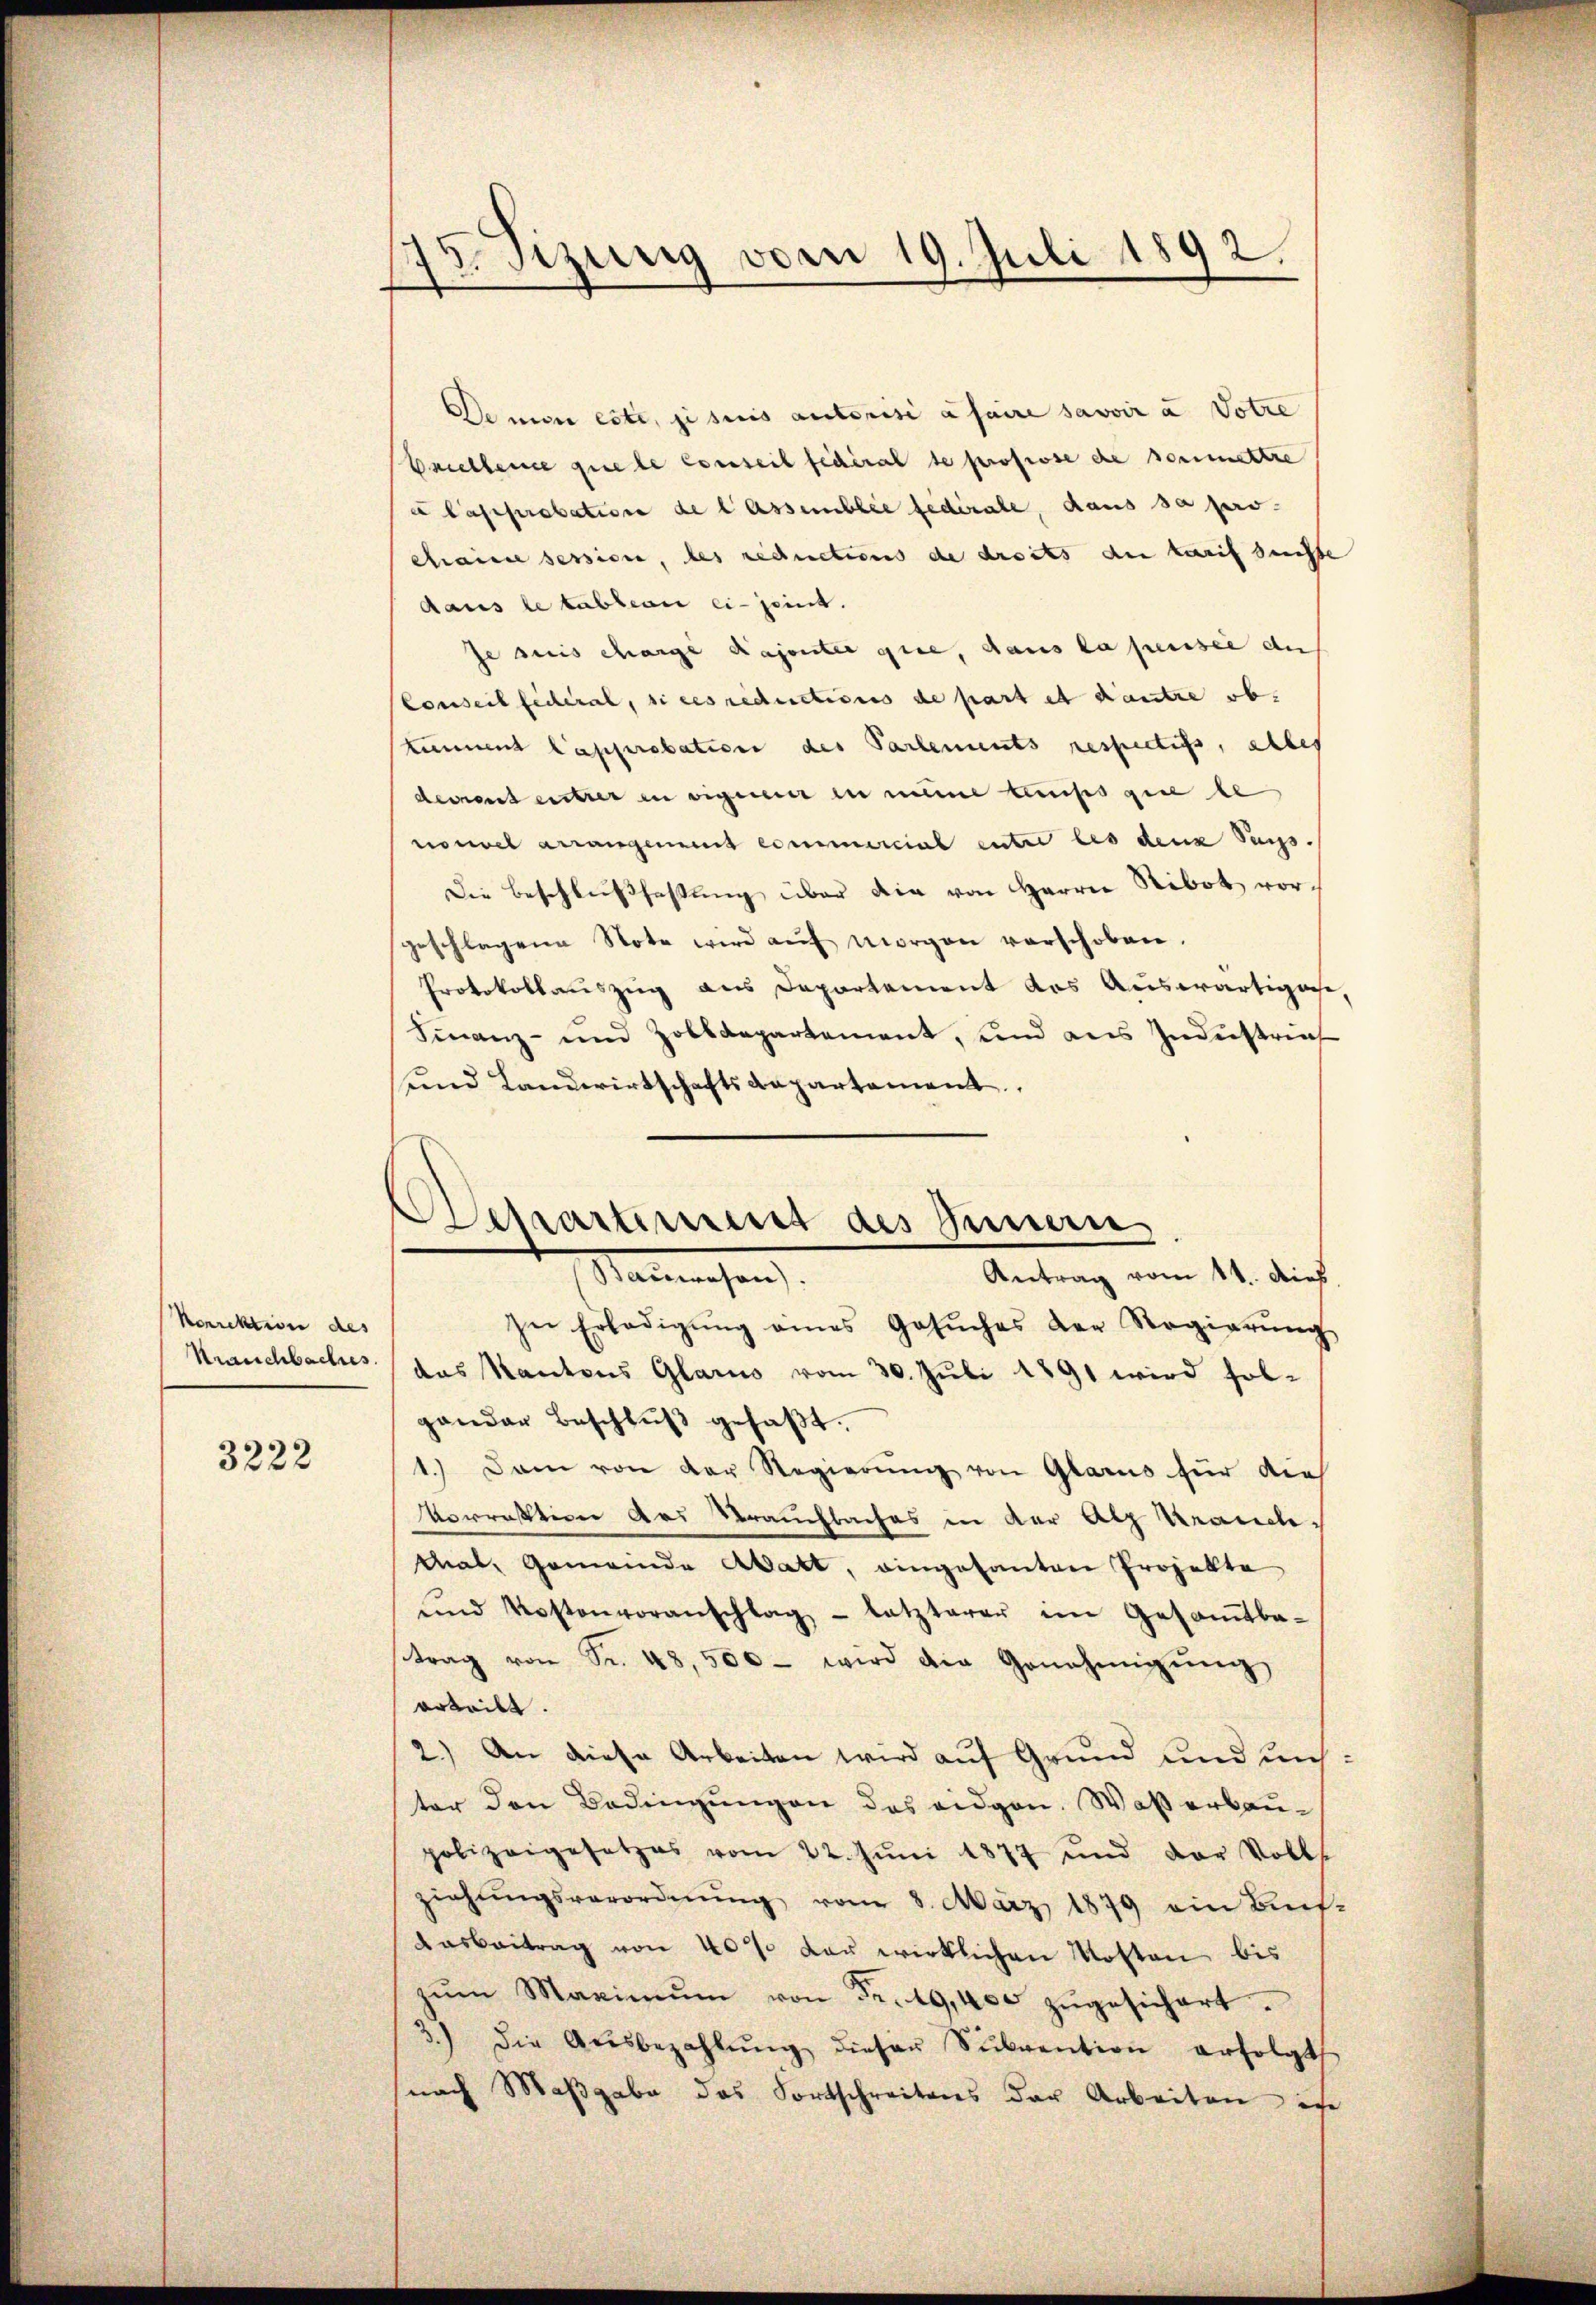
Korrektion des
Krauchbaches.

3222

d. Sizung vom 19. Juli 181
2.
e
d

De non exte, je suis autorisi a faire savoir u Votze
Brillence que le conseil fichéral se profiose die soumettre
e Caseprobatione de lassemblie federale, dans sa pro-
chaine session, des rechnetions de droits der trif sunste
daus le tableau ei-jeint.
se suis charge Daponter gute, dans la perssee der
Conseil fédéral, si ces reductions de part et autre ob.
timment Capprobation des Partements respectifs, alles
dement entrer in eignerer in meine temps que le
nouvel arrangement commercial unter les denk Suns
Die Beschlußfassung über die von Herrn Ribot vorgeschlagene Note wird aŭf morgen verschoben.
Protokollauszug aus Departement das Auswärtigasse,
Finanz- und Zolldepartement, und aus Industrief
und Landwirtschaftsdepartement,
zŭ Erledigŭng eines Gesŭches der Regierŭng
das Kantons Glarus vom 30. Juli 1891 wird solgander Beschlŭβ gefaβt.
1.) Dann von der Regierŭng von Glarus für dies
Vorrestion aus Brauchbaches in der Atz Krauch¬
Mal, Gemeinde Aatt, eingesanten Projekte
ŭnd Kostenvoranschlag - letzterer im Gesaṁtba-
trag von Sr. 48,500 - wird die Genehmigŭng
vrteilt.
2.) An diese Arbeiten wird auf Grund und uns.
ter den Bedingungen des eidgen. Waßerbaupolizeigesetzes vom 22. Jŭni 1877 und der Vollst
ziehŭngsverordnŭng vom 8. März 1879 ein Bünf-
Aasbeitrag von 40% der wirklichen Kosten bis
zŭm Maximŭm von Fr. 49,400 zŭgesichert.
) die Aŭsbezahlŭng dieser Sŭbvention erfolgt
nach Maßgabe das Fortschreitens der Arbeiten ist

Schartiment des Innern
Antrag vom 11. Dieb
Stammenesen.